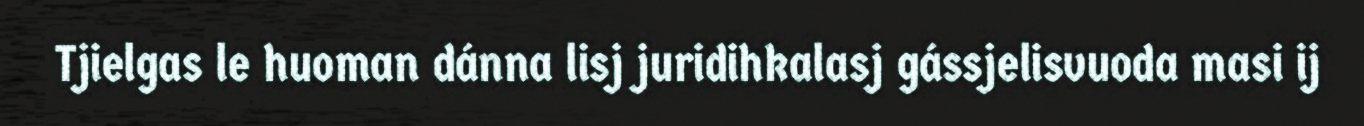
Tjielgas le huoman dánna lisj juridihkalasj gássjelisvuoda masi ij